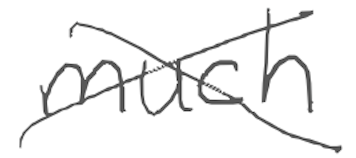
Text: much
Cross-out: cross
Writing tool: digital_gray